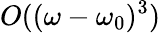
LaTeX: O((\omega-\omega_{0})^{3})